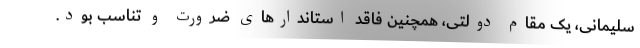
سلیمانی، یک مقام دولتی، همچنین فاقد استاندارهای ضرورت و تناسب بود.